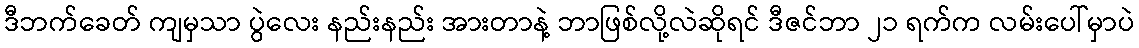
ဒီဘက်ခေတ် ကျမှသာ ပွဲလေး နည်းနည်း အားတာနဲ့ ဘာဖြစ်လို့လဲဆိုရင် ဒီဇင်ဘာ ၂၁ ရက်က လမ်းပေါ်မှာပဲ